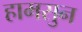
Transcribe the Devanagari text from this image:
हामसुन